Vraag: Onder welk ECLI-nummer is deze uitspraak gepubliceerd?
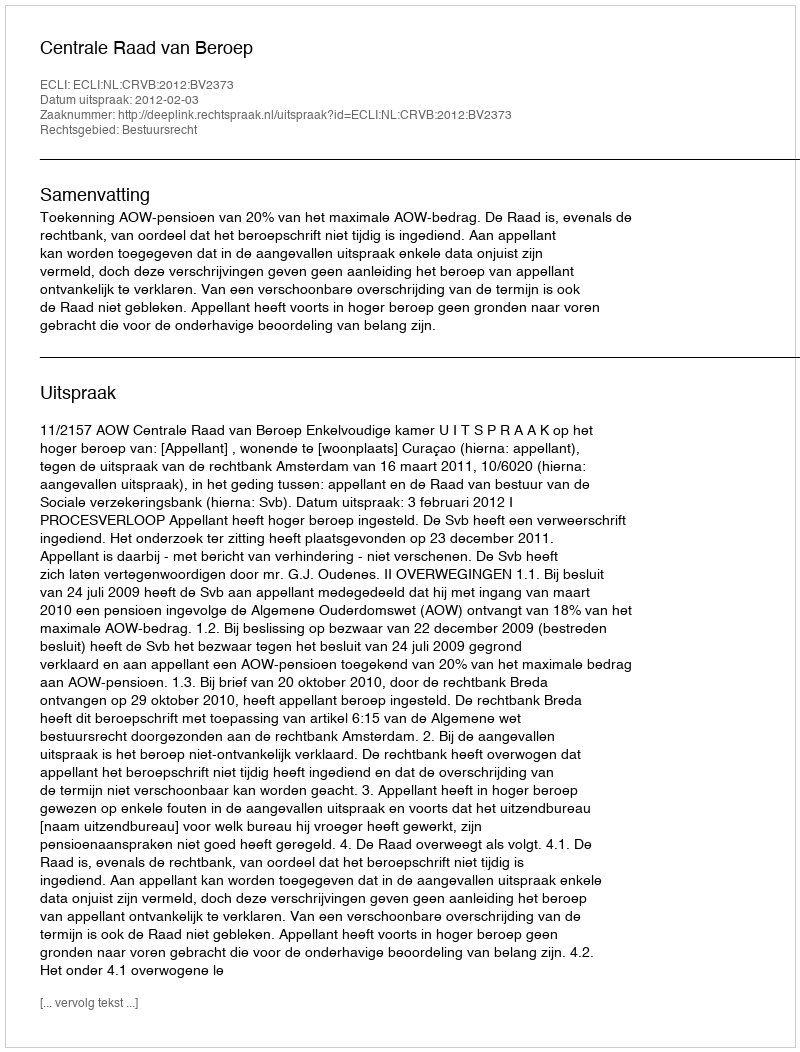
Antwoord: ECLI:NL:CRVB:2012:BV2373